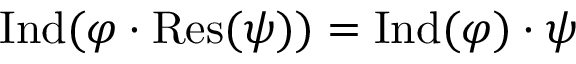
{ \mathrm { I n d } } ( \varphi \cdot { \mathrm { R e s } } ( \psi ) ) = { \mathrm { I n d } } ( \varphi ) \cdot \psi